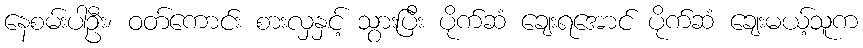
နေစမ်းပါဦး၊ ဝတ်ကောင်း စားလှနှင့် သွားပြီး ပိုက်ဆံ ချေးရအောင် ပိုက်ဆံ ချေးမယ့်သူက